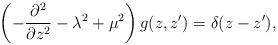
LaTeX: \begin{align*}\left(-{\partial^2\over\partial z^2}-\lambda^2+\mu^2\right)g(z,z')=\delta(z-z'),\end{align*}